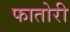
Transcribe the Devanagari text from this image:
फातोरी